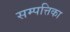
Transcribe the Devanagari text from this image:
सम्पत्तिका